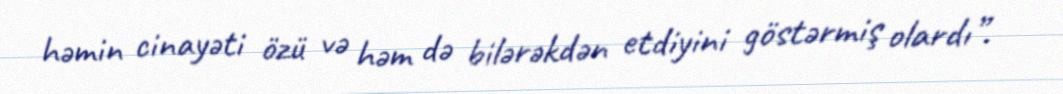
həmin cinayəti özü və həm də bilərəkdən etdiyini göstərmiş olardı”.